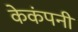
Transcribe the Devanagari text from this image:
केकंपनी